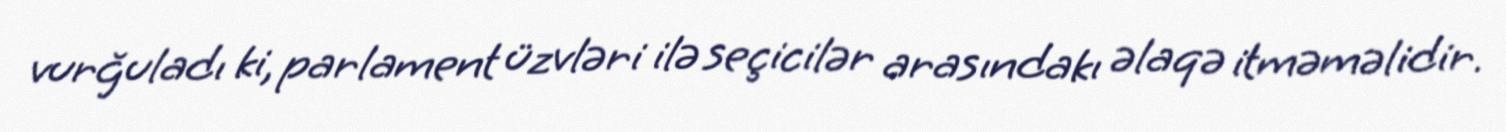
vurğuladı ki, parlament üzvləri ilə seçicilər arasındakı əlaqə itməməlidir.